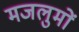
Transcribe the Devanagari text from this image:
मजलुमों